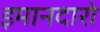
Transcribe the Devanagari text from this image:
इमानदारो